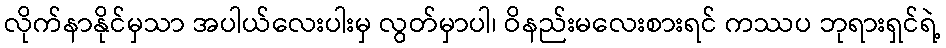
လိုက်နာနိုင်မှသာ အပါယ်လေးပါးမှ လွတ်မှာပါ၊ ဝိနည်းမလေးစားရင် ကဿပ ဘုရားရှင်ရဲ့